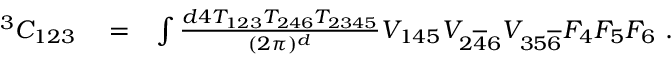
\begin{array} { r l r } { ^ 3 C _ { 1 2 3 } } & { { } = } & { \int \frac { d \k _ { 4 } T _ { 1 2 3 } T _ { 2 4 6 } T _ { 2 3 4 5 } } { ( 2 \pi ) ^ { d } } V _ { 1 4 5 } V _ { 2 { \overline { { 4 } } } 6 } V _ { 3 5 \overline { 6 } } F _ { 4 } F _ { 5 } F _ { 6 } \ . } \end{array}